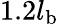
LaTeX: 1.2l_{\mathrm{b}}